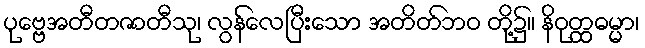
ပုဗ္ဗေအတီတဇာတီသု၊ လွန်လေပြီးသော အတိတ်ဘဝ တို့၌။ နိဝုတ္ထဓမ္မာ၊